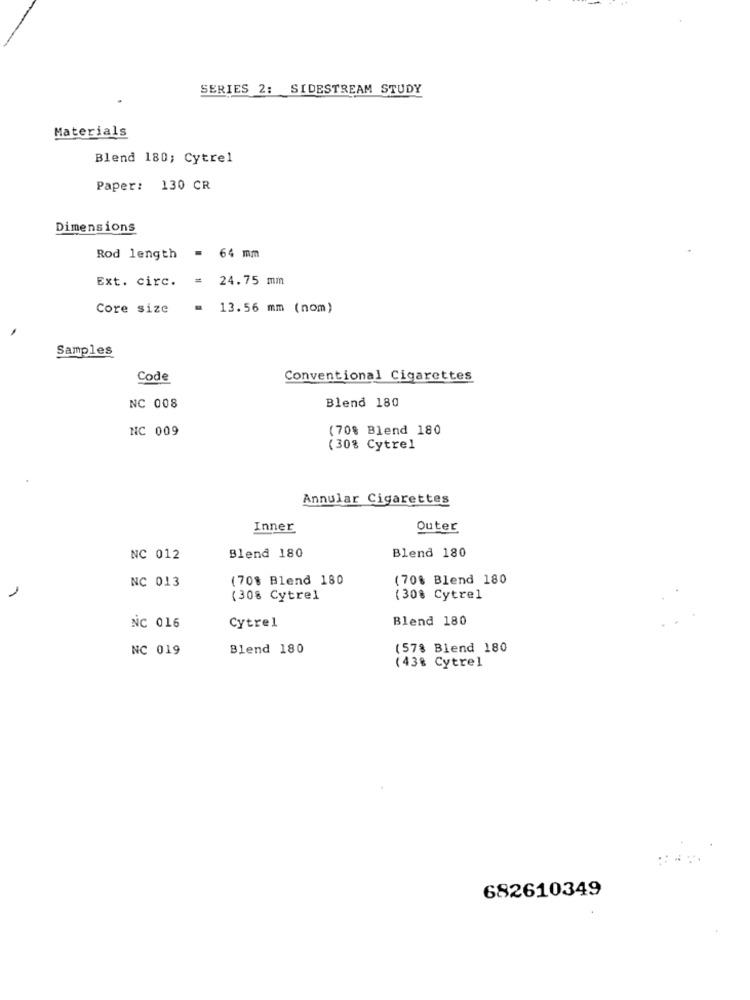
SERIES 2: SIDESTREAM STUDY
.
Materials
Blend 180; Cytrel
Paper: 130 CR
Dimensions
Rod length = 64 mm
Ext. circ. = 24.75 mm
Core size
= 13.56 mm (nom)
Samples
Code
Conventional Cigarettes
Blend 180
NC 008
NC 009
(70% Blend 180
(30% Cytre1
Annular Cigarettes
Inner
Outer
NC 012
Blend 180
Blend 180
(70% Blend 180
(70% Blend 180
NC 013
1
(308 Cytrel
(30% Cytrel
Blend 180
NC 016
Cytrel
NC 019
Blend 180
(57% Blend 180
(43% Cytrel
682610349